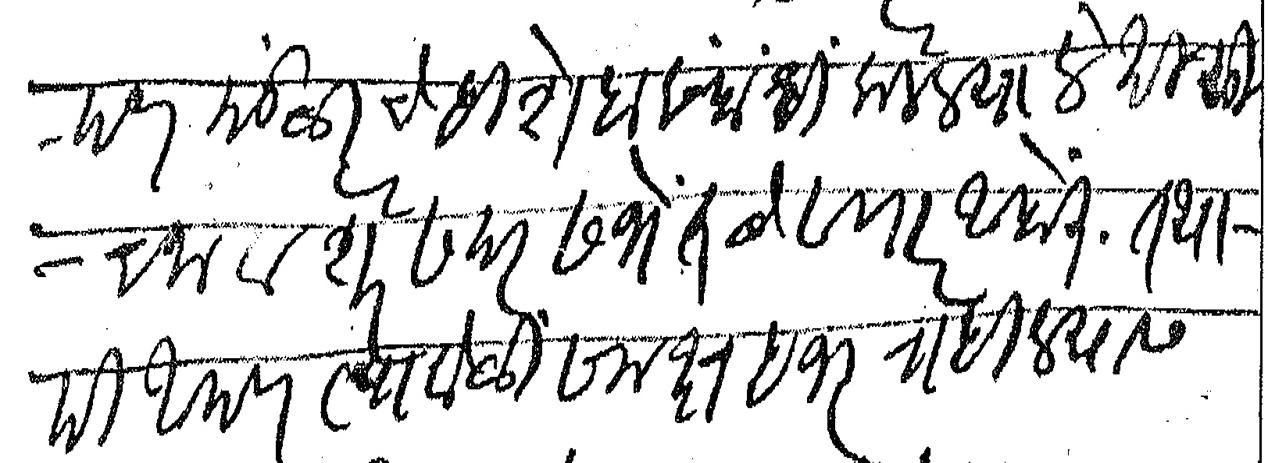
Transliteration (Devanagari): आपण मंडळाचे हिशेबासंबंधी केलेल्या लेखी सूचना व शेरे सदरसभेत ठेवणार आहोत तथापि आपण त्यावेळी समक्ष हजर राहिल्यास